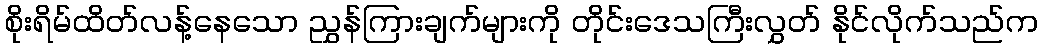
စိုးရိမ်ထိတ်လန့်နေသော ညွှန်ကြားချက်များကို တိုင်းဒေသကြီးလွှတ် နိုင်လိုက်သည်က